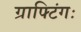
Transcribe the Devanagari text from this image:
ग्राफ्टिंगः